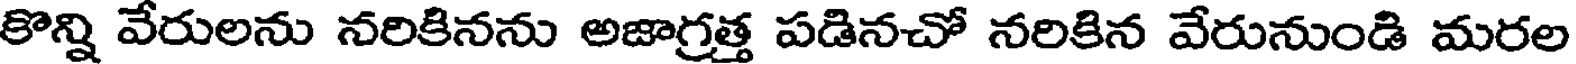
కొన్ని వేరులను నరికినను అజాగ్రత్త పడినచో నరికిన వేరునుండి మరల